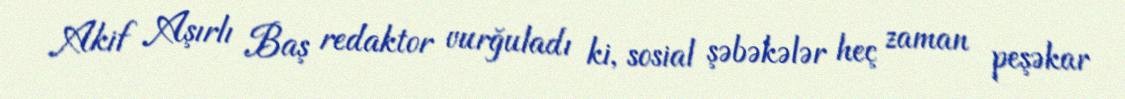
Akif Aşırlı Baş redaktor vurğuladı ki, sosial şəbəkələr heç zaman peşəkar